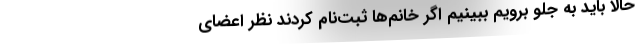
حالا باید به جلو برویم ببینیم اگر خانم‌ها ثبت‌نام کردند نظر اعضای